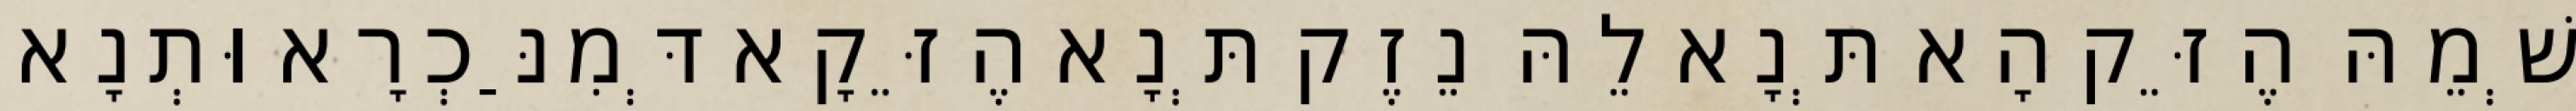
שְׁמֵהּ הֶזֵּק הָא תְּנָא לֵהּ נֵזֶק תְּנָא הֶזֵּקָא דְּמִנַּכְרָא וּתְנָא